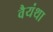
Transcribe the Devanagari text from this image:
वैयंथा